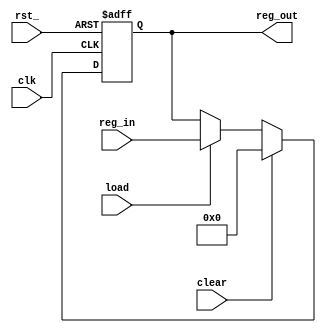
module register_pipo_param #
  (
   parameter reg_width = 16,	//register's width
   parameter reset_value = 'b0	//reset value
   )(
     input 			clk, 
     input 			rst_, //asynchronous reset; active low
     input [reg_width-1:0] 	reg_in, 
     input 			load, 
     input 			clear, //synchronous reset; active high
     output reg [reg_width-1:0] reg_out
     );

   always @ (posedge clk, negedge rst_)
     if (!rst_)
       reg_out <= reset_value;
     else if (clear)
       reg_out <= reset_value;
     else if (load)
       reg_out <= reg_in;
endmodule